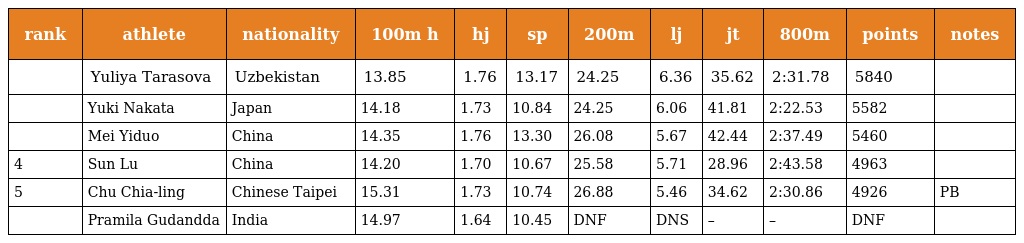
| rank | athlete | nationality | 100m h | hj | sp | 200m | lj | jt | 800m | points | notes |
 | --- | --- | --- | --- | --- | --- | --- | --- | --- | --- | --- | --- |
 |  | Yuliya Tarasova | Uzbekistan | 13.85 | 1.76 | 13.17 | 24.25 | 6.36 | 35.62 | 2:31.78 | 5840 |  |
 |  | Yuki Nakata | Japan | 14.18 | 1.73 | 10.84 | 24.25 | 6.06 | 41.81 | 2:22.53 | 5582 |  |
 |  | Mei Yiduo | China | 14.35 | 1.76 | 13.30 | 26.08 | 5.67 | 42.44 | 2:37.49 | 5460 |  |
 | 4 | Sun Lu | China | 14.20 | 1.70 | 10.67 | 25.58 | 5.71 | 28.96 | 2:43.58 | 4963 |  |
 | 5 | Chu Chia-ling | Chinese Taipei | 15.31 | 1.73 | 10.74 | 26.88 | 5.46 | 34.62 | 2:30.86 | 4926 | PB |
 |  | Pramila Gudandda | India | 14.97 | 1.64 | 10.45 | DNF | DNS | – | – | DNF |  |